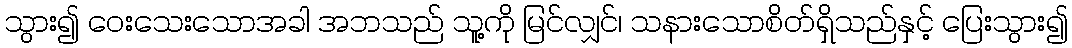
သွား၍ ဝေးသေးသောအခါ အဘသည် သူ့ကို မြင်လျှင်၊ သနားသောစိတ်ရှိသည်နှင့် ပြေးသွား၍